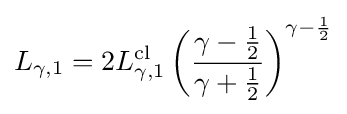
L_{\gamma ,1}=2L_{\gamma ,1}^{\mathrm {cl} }\left({\frac {\gamma -{\frac {1}{2}}}{\gamma +{\frac {1}{2}}}}\right)^{\gamma -{\frac {1}{2}}}